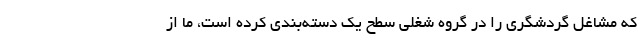
که مشاغل گردشگری را در گروه شغلی سطح یک دسته‌بندی کرده است، ما از